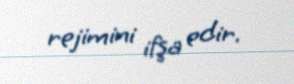
rejimini ifşa edir.